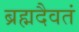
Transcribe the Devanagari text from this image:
ब्रह्मदैवतं